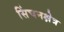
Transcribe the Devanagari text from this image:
सिंचनक्षेत्र